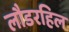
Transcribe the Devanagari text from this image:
लौडरहिल